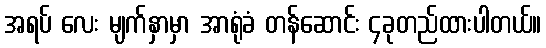
အရပ် လေး မျက်နှာမှာ အာရုံခံ တန်ဆောင်း ၄ခုတည်ထားပါတယ်။